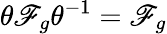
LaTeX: {\theta\mathscr{F}_{g}\theta^{-1}=\mathscr{F}_{g}}